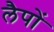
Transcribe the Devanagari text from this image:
लैपों